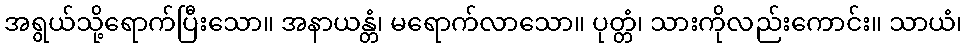
အရွယ်သို့ရောက်ပြီးသော။ အနာယန္တံ၊ မရောက်လာသော။ ပုတ္တံ၊ သားကိုလည်းကောင်း။ သာယံ၊